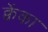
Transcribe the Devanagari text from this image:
क्वेंका